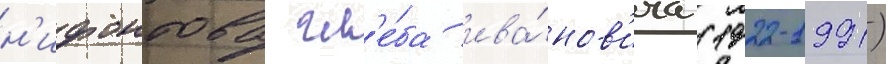
н'ифонтова гл'е́ба ива́нов'ича (1922-1991)